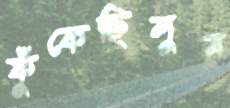
ফুঁকেছিলুম